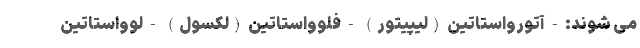
می شوند: - آتورواستاتین (لیپیتور) - فلوواستاتین (لکسول) - لوواستاتین